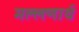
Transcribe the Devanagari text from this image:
मल्लणार्थ